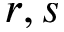
r , s